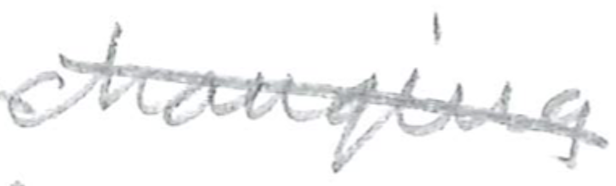
Text: changing
Cross-out: diagonal
Writing tool: pencil